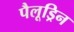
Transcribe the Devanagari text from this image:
पैलूड्रिन